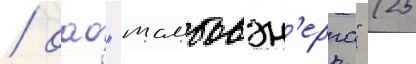
/ оао "тамбовэн'ерго" (25